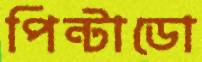
পিন্টাডো